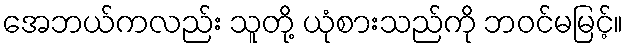
အေဘယ်ကလည်း သူတို့ ယုံစားသည်ကို ဘဝင်မမြင့်။